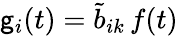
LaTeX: {\mathsf{g}}_{i}(t)=\tilde{{b}}_{ik}\, f(t)